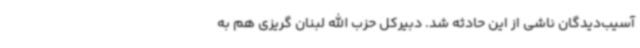
آسیب‌دیدگان ناشی از این حادثه شد. دبیرکل حزب الله لبنان گریزی هم به